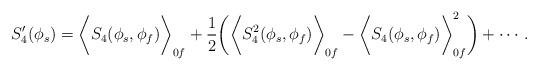
LaTeX: \begin{align*}S_4^{\prime}(\phi_s)=\biggl<S_4(\phi_s,\phi_f)\biggr>_{0f}+\frac{1}{2}\biggl(\biggl<S_4^2(\phi_s,\phi_f)\biggr>_{0f}-\biggl<S_4(\phi_s,\phi_f)\biggr>^2_{0f}\biggr)+\cdots .\end{align*}